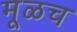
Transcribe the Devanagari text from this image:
मूळच